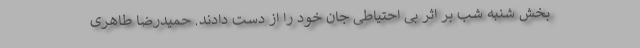
بخش شنبه شب بر اثر بی احتیاطی جان خود را از دست دادند. حمیدرضا طاهری